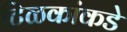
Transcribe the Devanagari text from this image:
टिळकांकडे